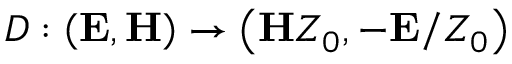
{ \cal D } : \left( { { \bf { E } } , { \bf { H } } } \right) \to \left( { { \bf { H } } { Z _ { 0 } } , - { \bf { E } } / { Z _ { 0 } } } \right)